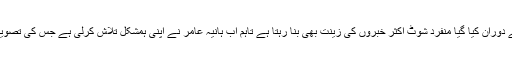
خاص کر ماڈلنگ اور دیگر ممالک کے سفر کے دوران کیا گیا منفرد شوٹ اکثر خبروں کی زینت بھی بنا رہتا ہے تاہم اب ہانیہ عامر نے اپنی ہمشکل تلاش کرلی ہے جس کی تصویر انہوں نے مداحوں کے ساتھ شیئر بھی کی ہے۔